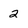
Character: 2